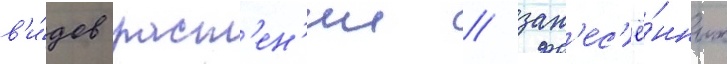
в'и́дов раст'ен'ии / зан'ес'ё́нных